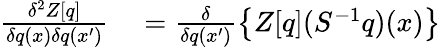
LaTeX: \begin{array}{rl}{\frac{\delta^{2}Z[q]}{\delta q(x)\delta q(x^{\prime})}}&{{}=\frac{\delta}{\delta q(x^{\prime})}\left\{ Z[q](S^{-1}q)(x)\right\} }\end{array}